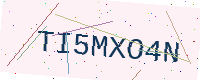
Text: TI5MXO4N